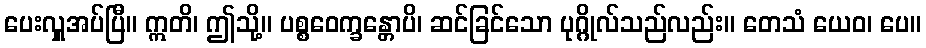
ပေးလှူအပ်ပြီ။ ဣတိ၊ ဤသို့။ ပစ္စဝေက္ခန္တောပိ၊ ဆင်ခြင်သော ပုဂ္ဂိုလ်သည်လည်း။ တေသံ ယေဝ၊ ပေ။